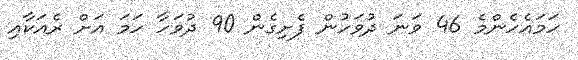
ހަމައެހެންމެ 46 ވަނަ ދުވަހުން ފެށިގެން 90 ދުވަހާ ހަމަ އަށް ރެއަކާއި